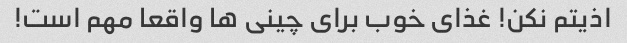
اذیتم نکن! غذای خوب برای چینی ها واقعا مهم است!